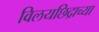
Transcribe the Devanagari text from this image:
विलयछिद्राच्या